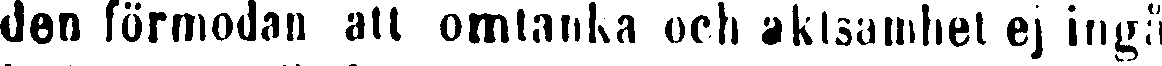
den förmodan att omtanka och aktsamhet ej ingå